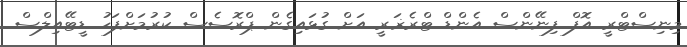
މިނިސްޓްރީ އޮފް ފިނޭންސް އެންޑް ޓްރެޜަރީ އަށް ގުޅައިގެން ޕްރޮސެސް ކުރުމަށްފަހު ޑީޓޭއިލްސް